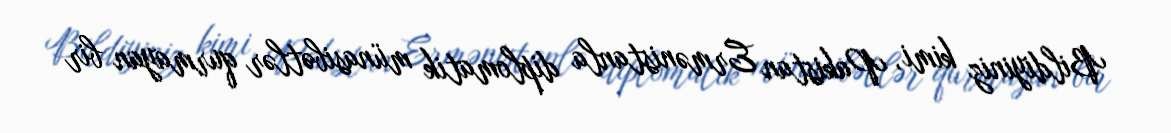
Bildiyiniz kimi, Pakistan Ermənistanla diplomatik münasibətlər qurmayan bir